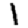
Digit: 1